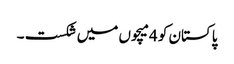
پاکستان کو 4میچوں میں شکست ۔